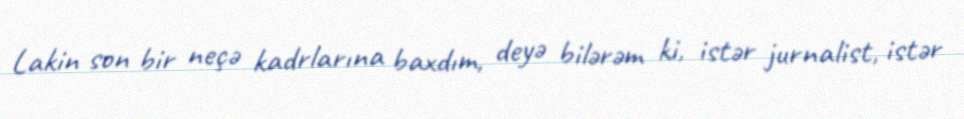
Lakin son bir neçə kadrlarına baxdım, deyə bilərəm ki, istər jurnalist, istər